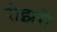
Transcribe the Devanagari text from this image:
रोझरी